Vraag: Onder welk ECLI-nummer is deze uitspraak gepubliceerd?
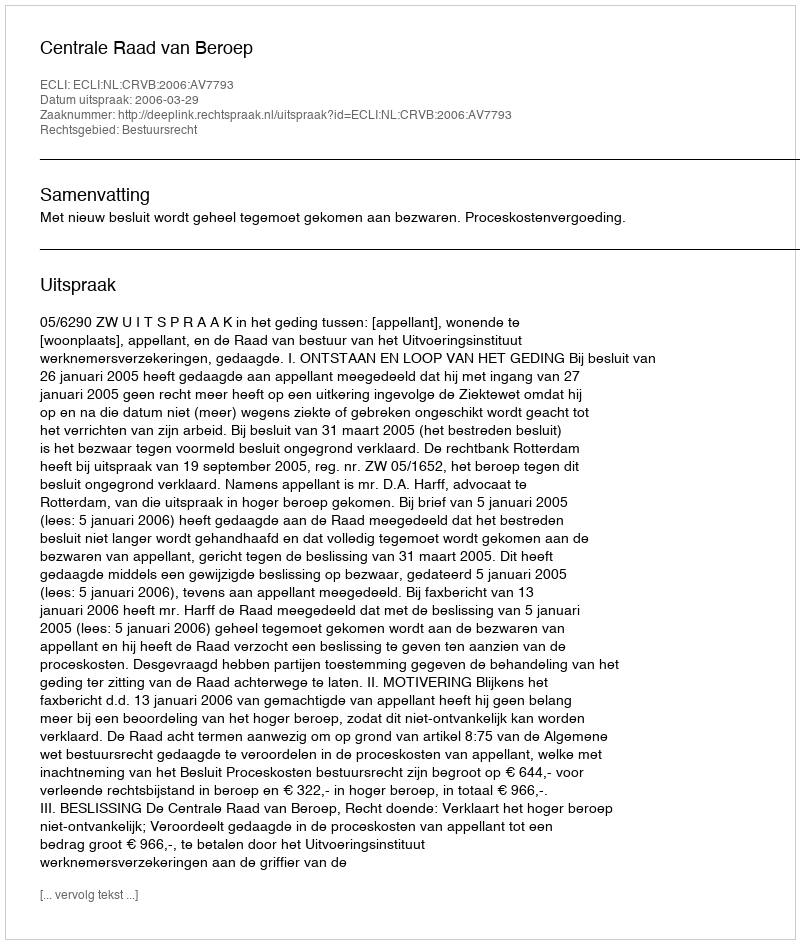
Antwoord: ECLI:NL:CRVB:2006:AV7793